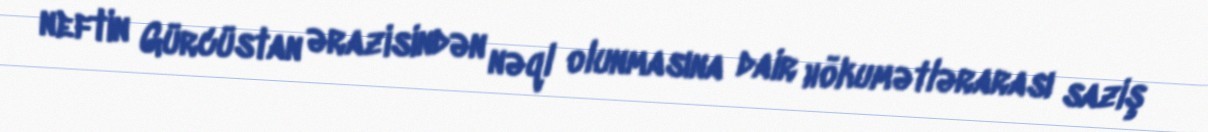
neftin Gürcüstan ərazisindən nəql olunmasına dair hökumətlərarası saziş